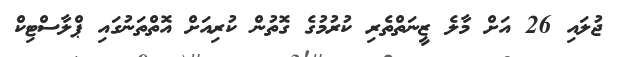
ޖުލައި 26 އަށް މާލެ ޒީނަތްތެރި ކުރުމުގެ ގޮތުން ކުރިއަށް އޮތްތަނުގައި ޕްލާސްޓިކް